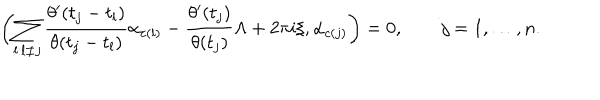
LaTeX: \biggl ( \sum _ { l : l \neq j } { \frac { \theta ^ { \prime } ( t _ { j } - t _ { l } ) } { \theta ( t _ { j } - t _ { l } ) } } \alpha _ { c ( l ) } - { \frac { \theta ^ { \prime } ( t _ { j } ) } { \theta ( t _ { j } ) } } \Lambda + 2 \pi i \xi , \alpha _ { c ( j ) } \biggr ) = 0 , \qquad j = 1 , \dots , n .